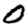
Digit: 0